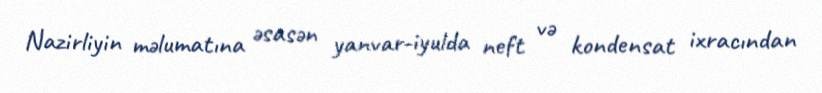
Nazirliyin məlumatına əsasən yanvar-iyulda neft və kondensat ixracından